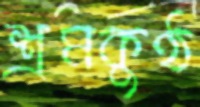
শ্রমকুণ্ঠ